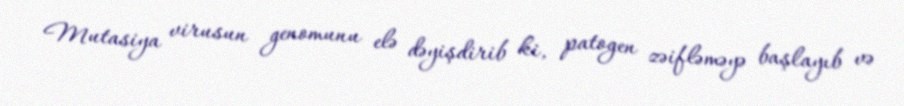
Mutasiya virusun genomunu elə dəyişdirib ki, patogen zəifləməyə başlayıb və